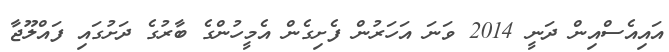
އައިއެސްއިން ދަނީ 2014 ވަނަ އަހަރުން ފެށިގެން އެމީހުންގެ ބާރުގެ ދަށުގައި ފައްލޫޖާ